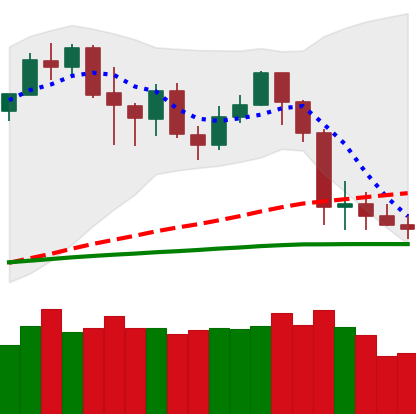
Ticker: LTC-USD
Chart end date: 2020-03-01
Forward return: 8.746%
Label: up_7plus